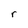
Character: r